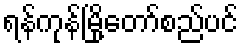
ရန်ကုန်မြို့တော်စည်ပင်